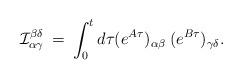
LaTeX: \begin{align*}{\cal I}^{\beta\delta}_{\alpha\gamma} \:=\:\int^{t}_{0} d\tau (e^{A\tau})_{\alpha\beta}\:(e^{B\tau})_{\gamma\delta}.\end{align*}